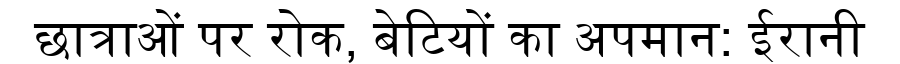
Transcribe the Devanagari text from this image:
छात्राओं पर रोक, बेटियों का अपमान: ईरानी